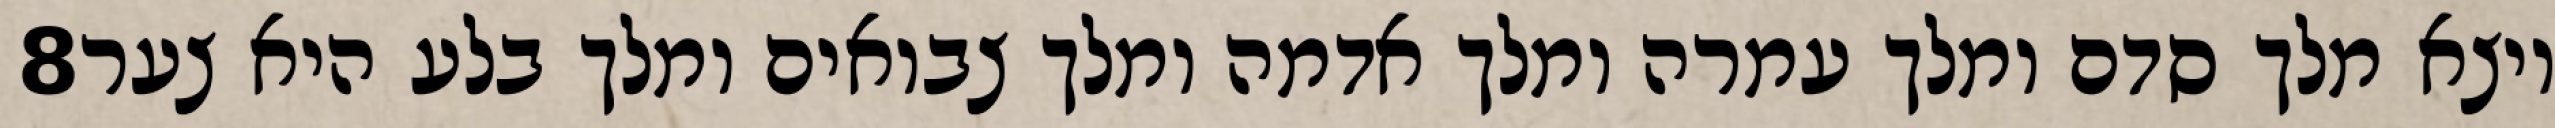
‎8‏ ויצא מלך סדם ומלך עמרה ומלך אדמה ומלך צבואים ומלך בלע היא צער